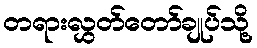
တရားလွှတ်တော်ချုပ်သို့